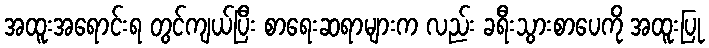
အထူးအရောင်းရ တွင်ကျယ်ပြီး စာရေးဆရာများက လည်း ခရီးသွားစာပေကို အထူးပြု